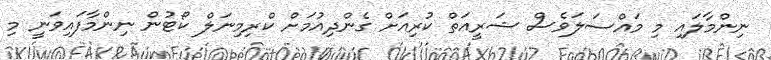
ނިންމާލައި މި މައްސަލަވެސް ޝަރީއަތް ކުރިއަށް ގެންދިއުމަށް ކްރިމިނަލް ކޯޓުން ނިންމާފައިވަނީ މި